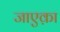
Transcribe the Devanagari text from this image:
जाएक़ा